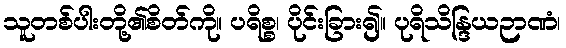
သူတစ်ပါးတို့၏စိတ်ကို။ ပရိစ္စ၊ ပိုင်းခြား၍။ ပုရိသိန္ဒြယဉာဏံ၊